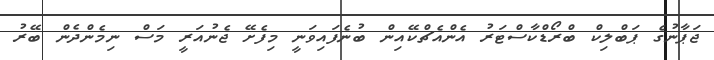
ޖަޕާނުގެ ޕަބްލިކް ބްރޯޑްކާސްޓަރު އެންއެޗްކޭއިން ބުނެފައިވަނީ މިފެށޭ ޖެނުއަރީ މަސް ނިމެންދެން ބޭރު